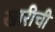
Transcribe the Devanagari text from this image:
खारीची